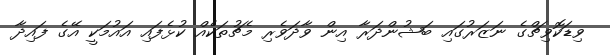
ވިޑަކޮވިޗްގެ ނަޒަރުގައި ބަޝުންދަރާ އިން ވާދަވެރި މެޗުތަކެއް ކުޅެފައި އައުމަކީ އޭގެ ފައިދާ